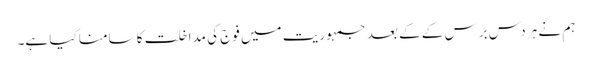
ہم نے ہر دس برس کے کے بعد جمہوریت میں فوج کی مداخلت کا سامنا کیا ہے۔